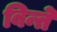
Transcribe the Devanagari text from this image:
बिन्ते